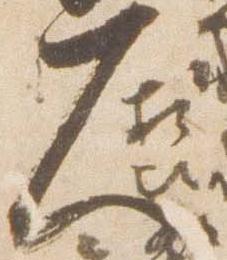
久